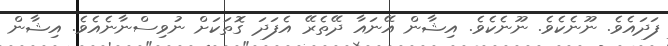
ފަދައެވެ. ނޫނެކެވެ. ނޫނެކެވެ. އިޝާން އޭނައާ ދޭތެރޭ އެފަދަ ގޮތަކަށް ނުވިސްނާނެއެވެ. އިޝާން